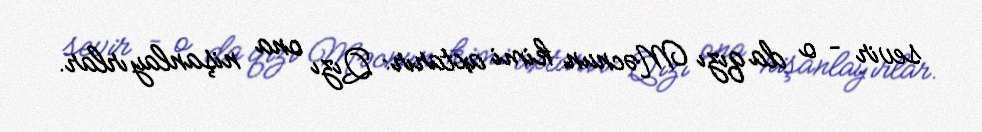
sevir – o da qızı Məcnun kimi axtarır: Qızı ona nişanlayırlar.